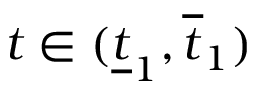
t \in ( \underline { { t } } _ { 1 } , \overline { { t } } _ { 1 } )